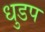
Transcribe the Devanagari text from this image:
धुडप